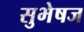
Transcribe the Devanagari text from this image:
सुभेषज